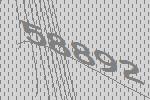
58892